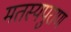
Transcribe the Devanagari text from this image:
मतस्यपुराण